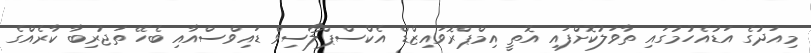
މިއަދުގެ އަޑުއެހުމުގައި ތާވަލުކޮށްފައި އޮތީ އިމްޕްރޮވައިޒްޑް އެކްސްޕްލޯސިވް ޑައިވްސްއާއި ބެހޭ ތަޖުރިބާ ކާރެއްގެ